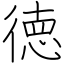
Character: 徳